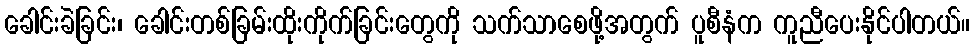
ခေါင်းခဲခြင်း၊ ခေါင်းတစ်ခြမ်းထိုးကိုက်ခြင်းတွေကို သက်သာစေဖို့အတွက် ပူစီနံက ကူညီပေးနိုင်ပါတယ်။